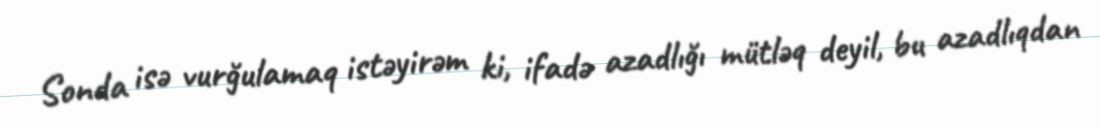
Sonda isə vurğulamaq istəyirəm ki, ifadə azadlığı mütləq deyil, bu azadlıqdan